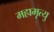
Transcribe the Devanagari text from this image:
महामृत्यु